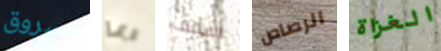
مسروق ربما أسقف الرصاص الغزاة